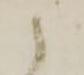
候